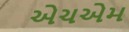
એચએમ